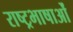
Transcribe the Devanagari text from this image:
राष्ट्रभाषाओं